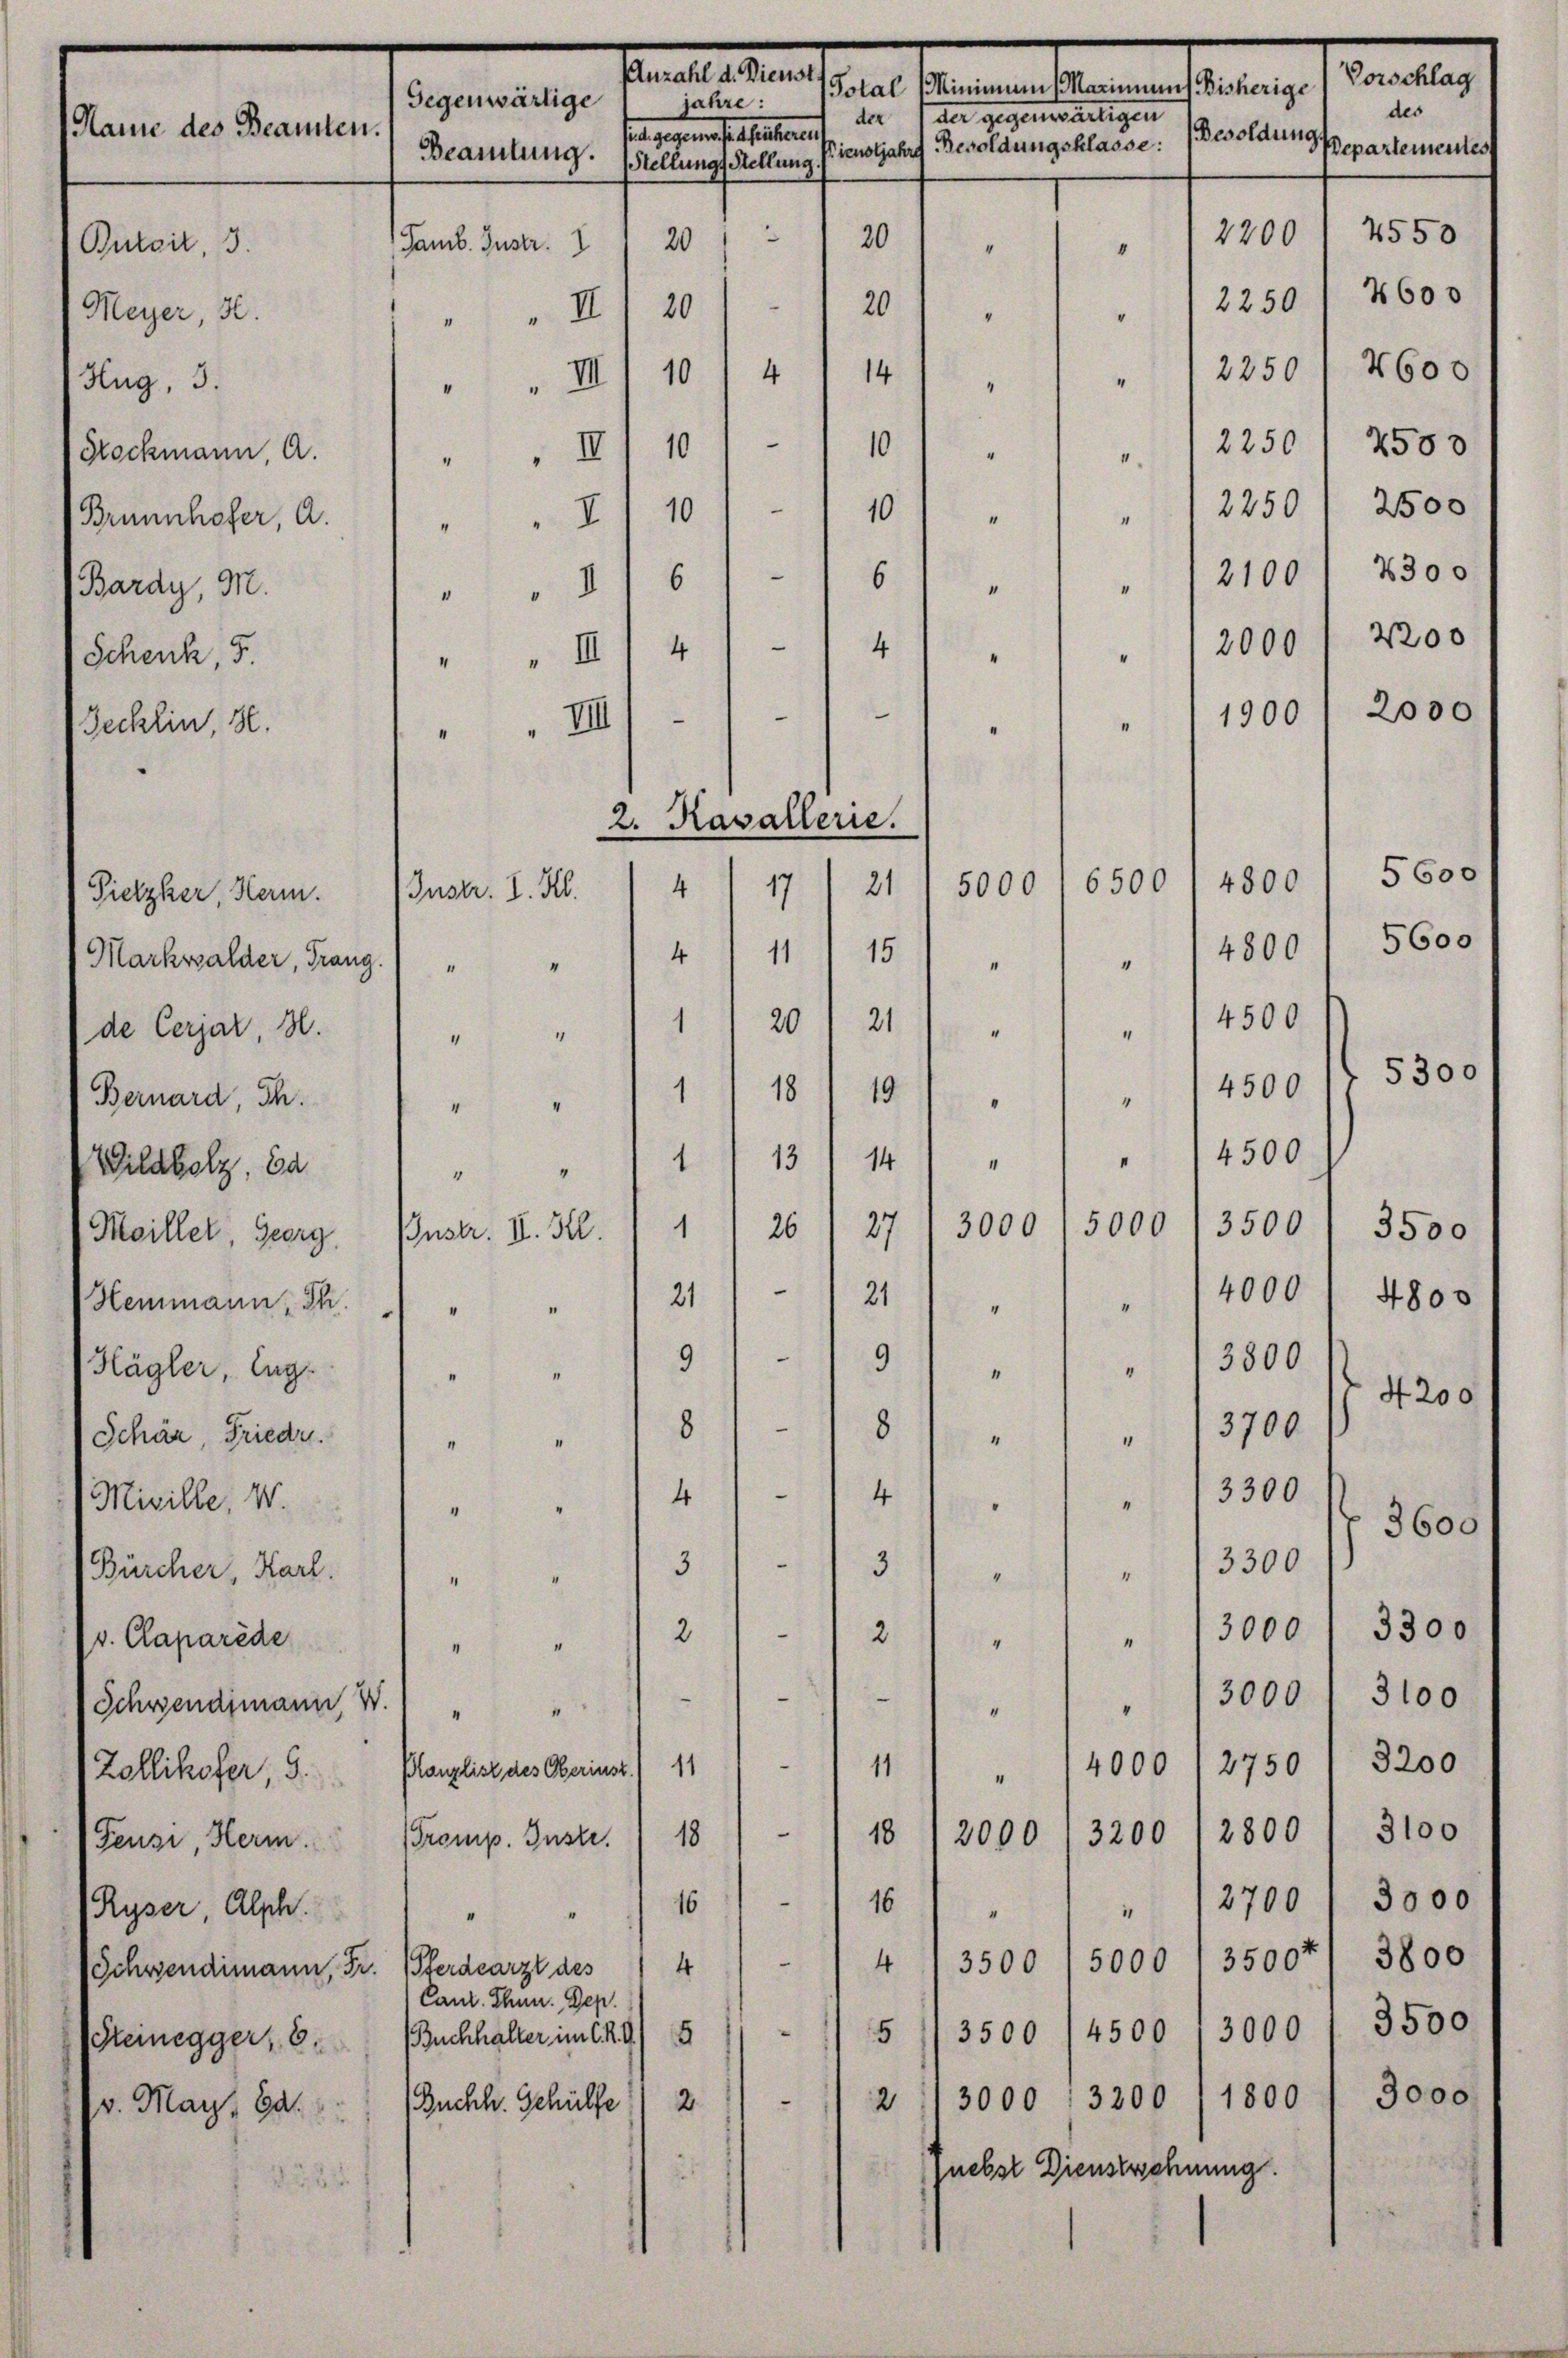
Saales den
Vorschlag
sern daran theurasteten
Gegenwärtige
jahre:
des
der der gegensartigen
Name des Beamten.
na gestamente ersteres
Besoldungs
Departementes
Stellungs Stellung fienoljahre Besoldungsklasse:
Beamtung.
4550
2200
3
20
20
Samb. Gustr. I
Butait, 3.
“
1
12250 f 2600
„ „ III 201. 20
Meyer, 3.
"
2250/ 4600
"" III 1014 114
Hug, 3.
2
“
2250 2500
"" I) 101 - 11)
Stockmann, A.
.
2500
12250

10
I) 10)
1
/21001 2300
6
116)
d
"
"" II) 4) - 14/ . . . 12000 f 2200
2000
2
d
1900
IIII)
M
.
“
5600
4800
6500
4
21
17
5000
111 15 " " " 14800/ 5600.
4
4500
1/20 21
"
“
"
5300
4500
Bernard, Th. " " " 117 18) 19
“
.
4500.
"
14
I
1 13
4
27
5000
3500 / 3500
3000
11 26
Instr. II. Kl.
Meillet, Georg
4000
21
4800
Hemmann  .   " " " 211
2
"
9)
3800
9
Hägler, Aug. 1
"
"

4200
8
8
13700
Schär, Frieder.
“
“
“
4
4
" 13300
Micille, 10.
"
3600
313
13300
Bürcher, Karl.
“
.
4
3300
3000
.
2
2
v. Claparède
4
I
“
I
3000 f 3100
u

Schwendimann, V
8
4
"
4000' 2750, 3200
(Zollikofer, S. Planzlist des Oberinst) 111 11
"
.
18/2000, 3200 12800 / 3100
Feusi, Herm. Tromp. Instr. 18
3000
2
3700
16
16
Ryser, Absch.
"
“
5
3800
.
5000 1 3500
3500
4
Schwendimann, Fr. (Pferdearzt des
Cant. Thun. Dep
5/3500 /4500, 3000 f 3500
Steinegger, 6. Buchhalter im 68) 5
2 13000 : 3300 1800 f 3000
2
2
Buchh. Gehülfe
v. May, a.
jnebst Dienstechnung.

Brünnhofer, A.
Bardy, M.
Schenk, 5.
Jecklin, 8.

Pietzher, Herm. (Instr. I. Kl.
Markwalder, Franz.) " "
de Cerjar, 3.
Wildbolz, da

2. Kavallerie.